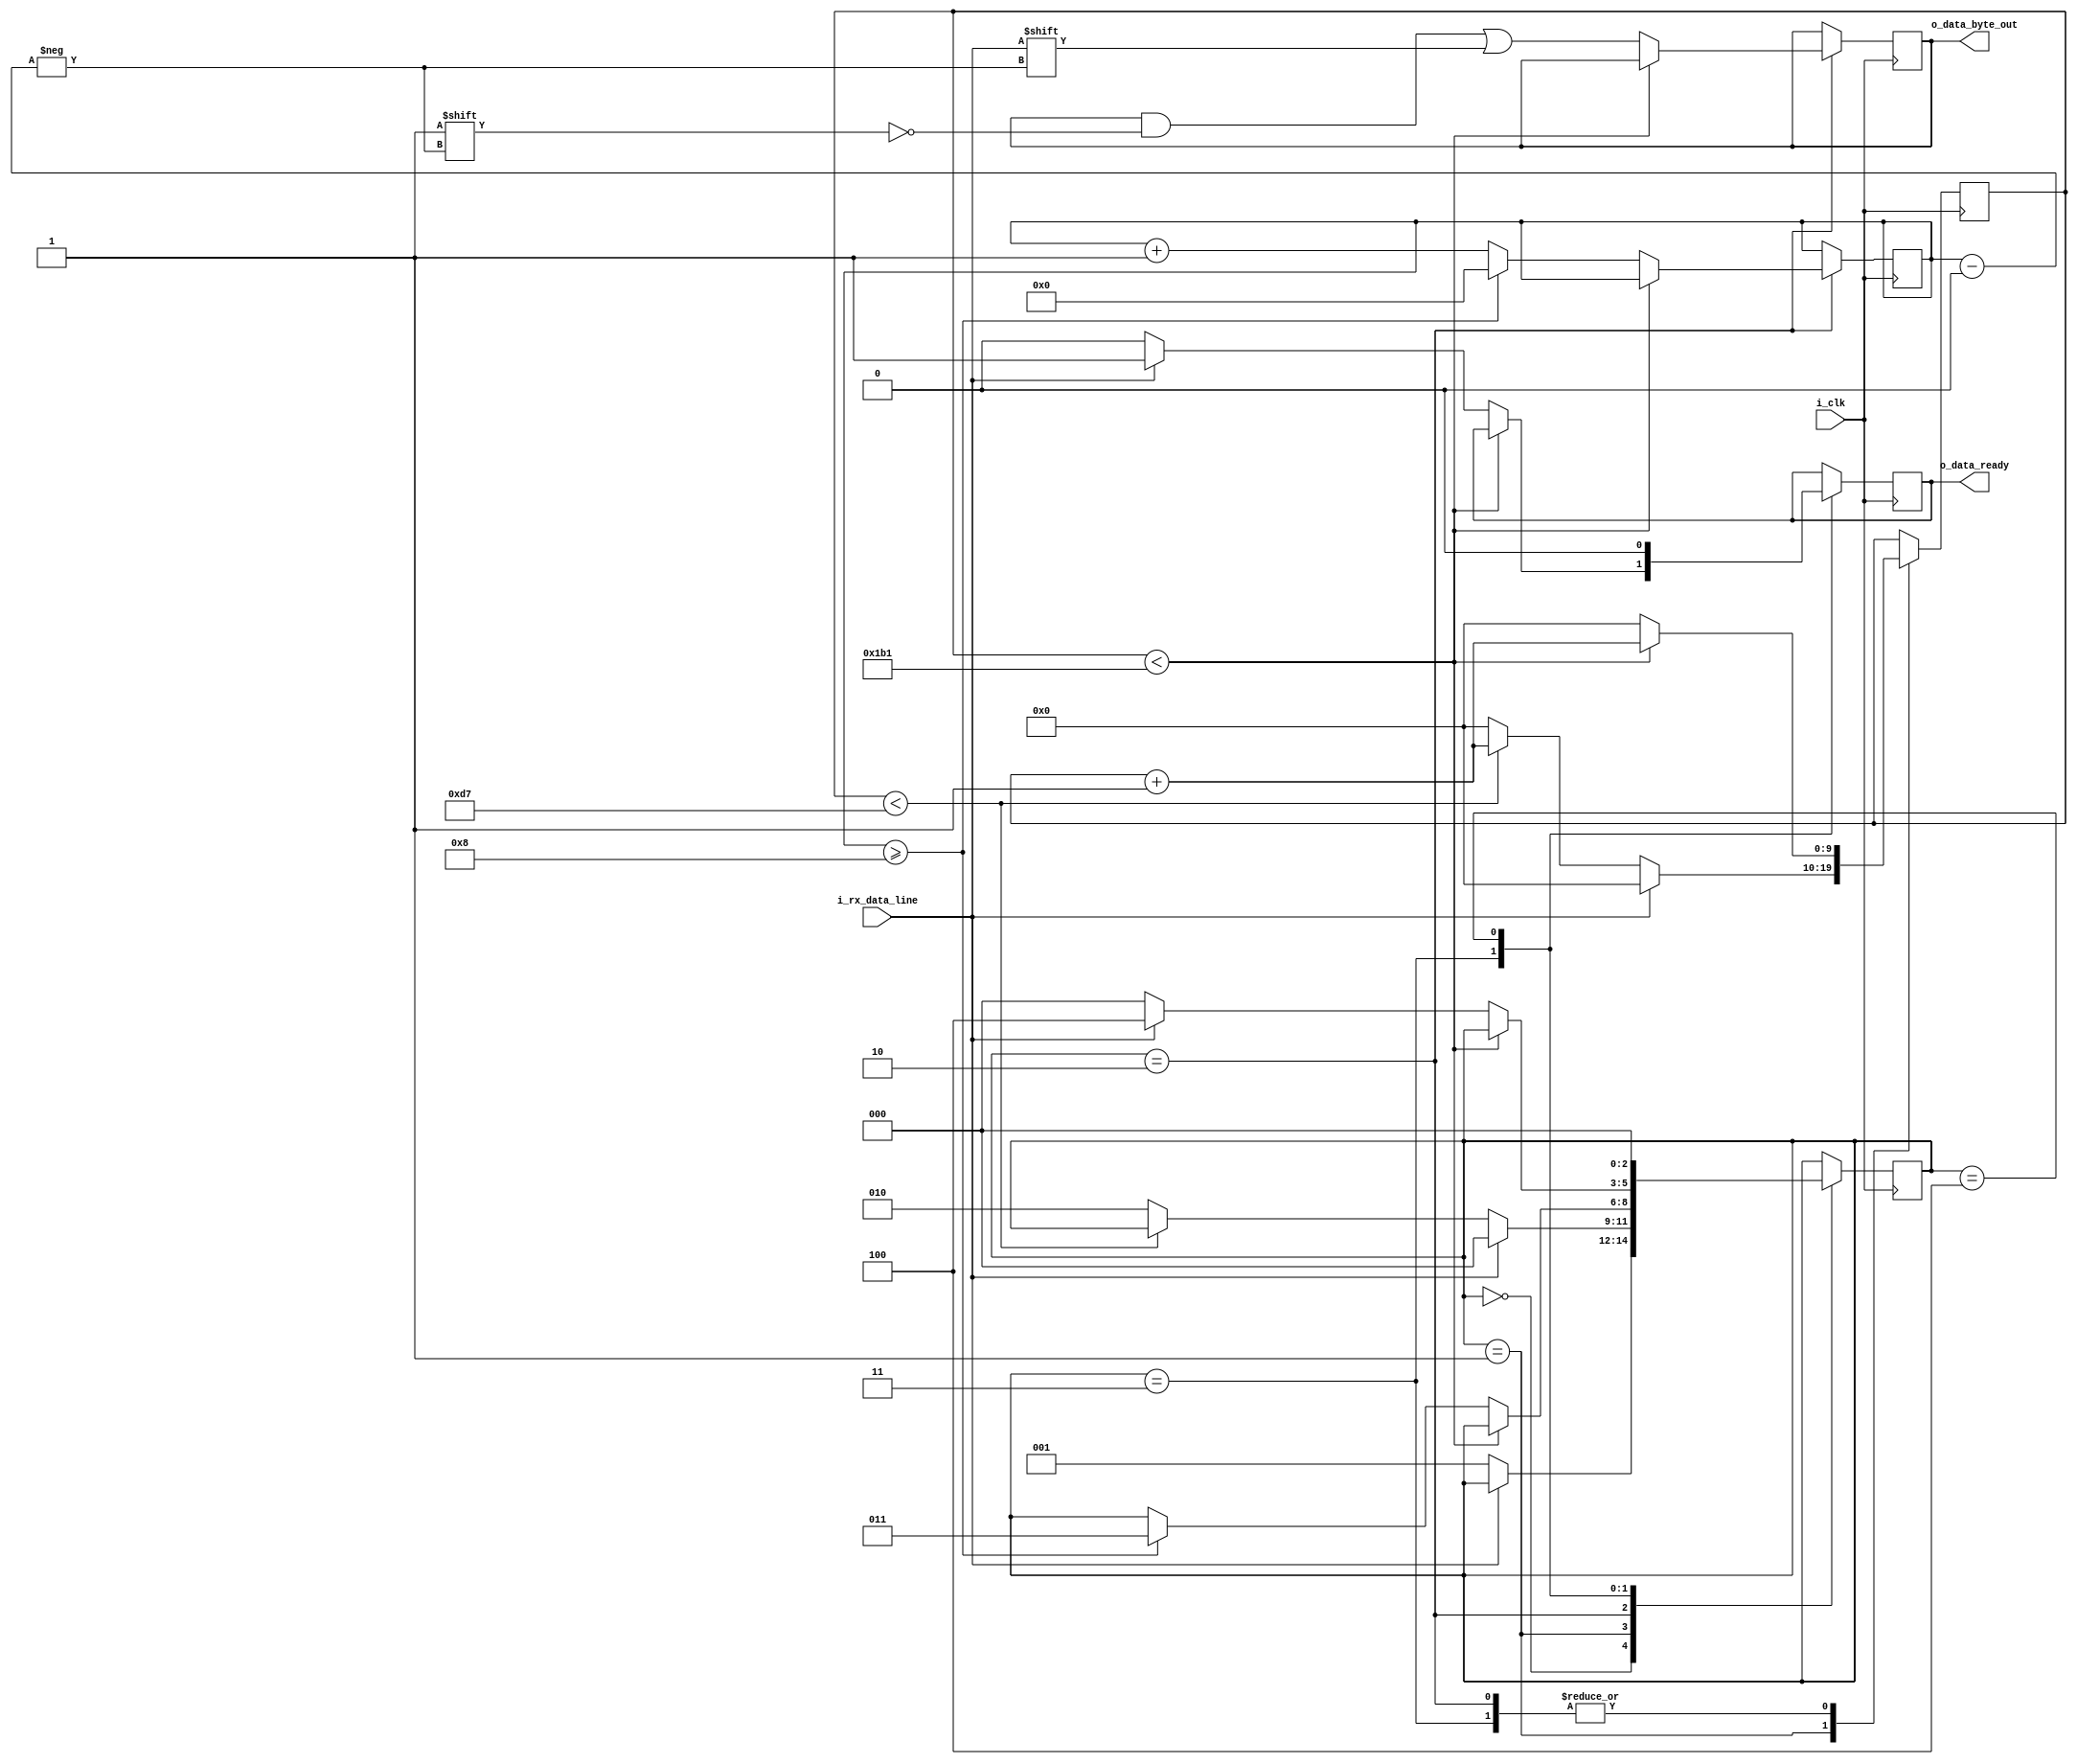
module UartRxr
  #(parameter CLKS_PER_BAUD_PERIOD = 434)
  (input i_clk,
  input i_rx_data_line,
  output o_data_ready,
  output [7:0] o_data_byte_out
  );

  // Uart receiver state machine nodes
  parameter WAITING_FOR_START_BIT = 3'b000;
  parameter CONFIRMING_START_BIT = 3'b001;
  parameter GETTING_NEXT_DATA_BIT = 3'b010;
  parameter WAITING_FOR_STOP_BIT = 3'b011;
  parameter CLEANUP = 3'b100;

  reg[2:0] current_state = WAITING_FOR_START_BIT;
  reg data_ready = 0;
  reg[7:0] data_byte = 0;

  reg[9:0] clk_ctr = 0;
  reg[3:0] bit_ctr = 0;

  always @(posedge i_clk)
  begin
    case (current_state)
      WAITING_FOR_START_BIT :
      begin
        if (i_rx_data_line == 0)
          current_state <= CONFIRMING_START_BIT;
      end

      CONFIRMING_START_BIT :
      begin
        if (i_rx_data_line == 1)
        begin
          clk_ctr <= 0;
          current_state <= WAITING_FOR_START_BIT;
        end
        else
        begin
          if (clk_ctr < (CLKS_PER_BAUD_PERIOD/2)-2)
            clk_ctr <= clk_ctr + 1;
          else
          begin
            clk_ctr <= 0;
            current_state <= GETTING_NEXT_DATA_BIT;
          end
        end
      end

      GETTING_NEXT_DATA_BIT :
      begin
        if (clk_ctr < CLKS_PER_BAUD_PERIOD-1)
          clk_ctr <= clk_ctr + 1;
        else
        begin
          data_byte[bit_ctr] <= i_rx_data_line;
          clk_ctr <= 0;
          bit_ctr <= bit_ctr + 1;
          if (bit_ctr >= 8)
          begin
            bit_ctr <= 0;
            current_state <= WAITING_FOR_STOP_BIT;
          end
        end
      end

      WAITING_FOR_STOP_BIT:
      begin
        if (clk_ctr < CLKS_PER_BAUD_PERIOD-1)
          clk_ctr <= clk_ctr + 1;
        else
        begin
          clk_ctr <= 0;
          if (i_rx_data_line == 1)
          begin
            data_ready <= 1;
            current_state <= CLEANUP;
          end
          else
          begin
            data_ready <= 0;
            current_state <= WAITING_FOR_START_BIT;
          end
        end
      end

      CLEANUP:
      begin
        data_ready <= 0;
        current_state <= WAITING_FOR_START_BIT;
      end
    endcase
  end

assign o_data_ready = data_ready;
assign o_data_byte_out = data_byte;

endmodule